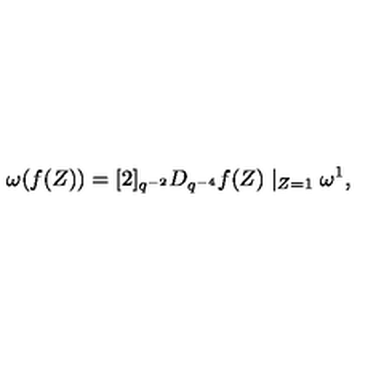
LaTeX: \omega ( f ( Z ) ) = [ 2 ] _ { q ^ { - 2 } } D _ { q ^ { - 4 } } f ( Z ) \mid _ { Z = 1 } \omega ^ { 1 } ,